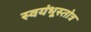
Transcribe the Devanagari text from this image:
स्वयंभूस्तोत्र